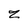
Character: 2